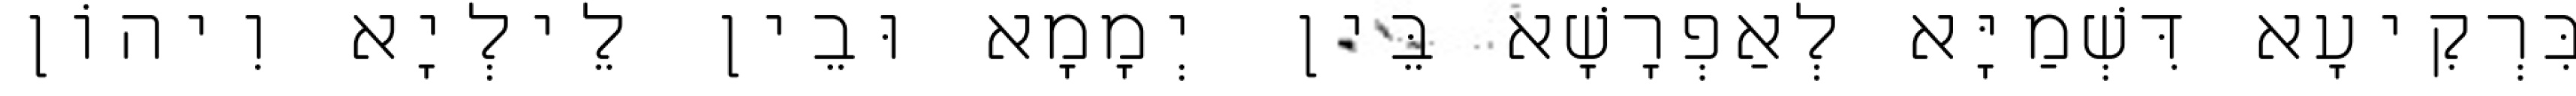
בִּרְקִיעָא דִּשְׁמַיָּא לְאַפְרָשָׁא בֵּין יְמָמָא וּבֵין לֵילְיָא וִיהוֹן